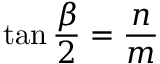
\tan { \frac { \beta } { 2 } } = { \frac { n } { m } }